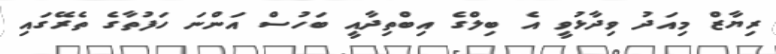
ރިޔާޒް މިއަދު ވިދާޅުވީ އެ ބިލްގެ އިބްތިދާއީ ބަހުސް އަންނަ ހަފުތާގެ ތެރޭގައި